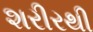
શરીરથી